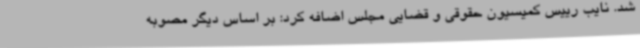
شد. نایب رییس کمیسیون حقوقی و قضایی مجلس اضافه کرد: بر اساس دیگر مصوبه